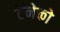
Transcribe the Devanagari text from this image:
टेनेको